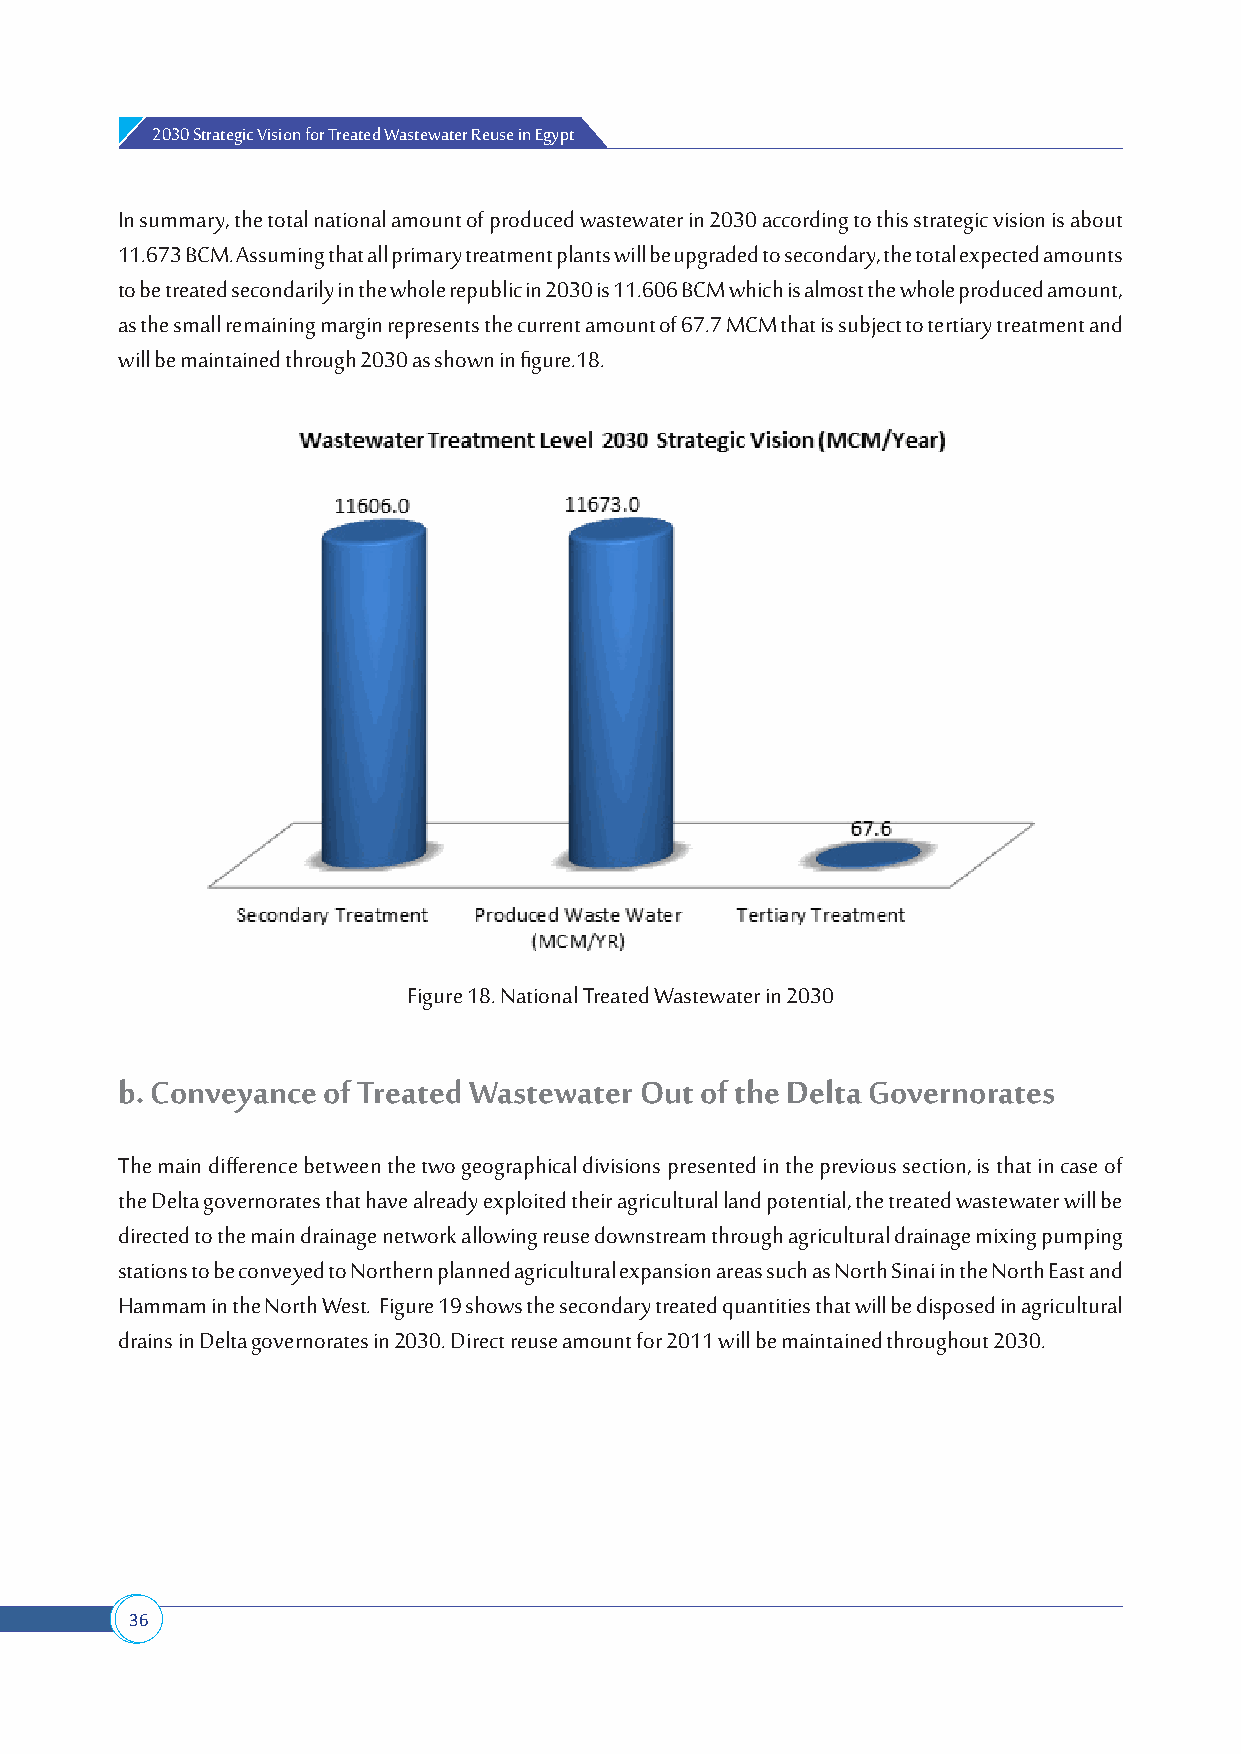
2030 Strategic Vision for Treated Wastewater Reuse in Egypt
 In summary, the total national amount of produced wastewater in 2030 according to this strategic vision is about
 11.673 BCM. Assuming that all primary treatment plants will be upgraded to secondary, the total expected amounts
 to be treated secondarily in the whole republic in 2030 is 11.606 BCM which is almost the whole produced amount,
 as the small remaining margin represents the current amount of 67.7 MCM that is subject to tertiary treatment and
 will be maintained through 2030 as shown in figure.18.
 Figure 18. National Treated Wastewater in 2030
 b. Conveyance of Treated Wastewater Out of the Delta Governorates
 The main difference between the two geographical divisions presented in the previous section, is that in case of
 the Delta governorates that have already exploited their agricultural land potential, the treated wastewater will be
 directed to the main drainage network allowing reuse downstream through agricultural drainage mixing pumping
 stations to be conveyed to Northern planned agricultural expansion areas such as North Sinai in the North East and
 Hammam in the North West. Figure 19 shows the secondary treated quantities that will be disposed in agricultural
 drains in Delta governorates in 2030. Direct reuse amount for 2011 will be maintained throughout 2030.
 36